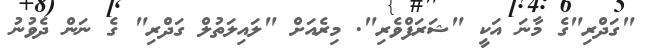
"ގަދްރި"ގެ މާނަ އަކީ "ޝަރަފްވެރި". މިރެއަށް "ލައިލަތުލް ގަދްރި" ގެ ނަން ދެވުނު